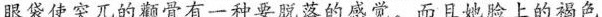
眼袋使突兀的颧骨有一种要脱落的感觉。而且她脸土的褐色